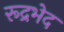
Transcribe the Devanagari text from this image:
रूद्रभेद